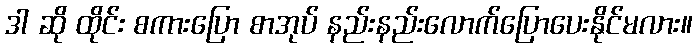
ဒါ ဆို ထိုင်း စကားပြော စာအုပ် နည်းနည်းလောက်ပြောပေးနိုင်မလား။